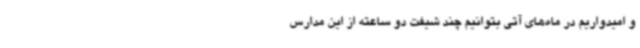
و امیدواریم در ماه‌های آتی بتوانیم چند شیفت دو ساعته از این مدارس